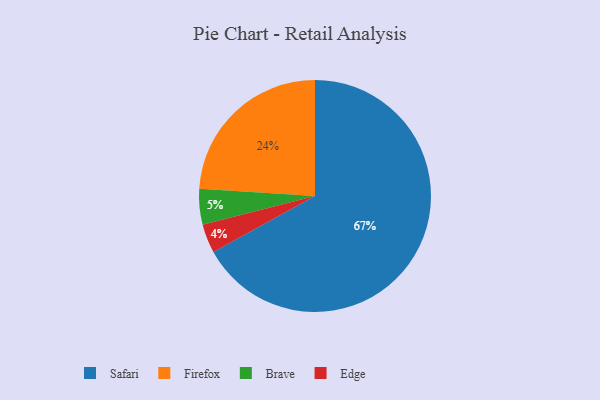
{"axis": {"x": "Category", "y": "Percentage"}, "legend": ["Brave", "Edge", "Firefox", "Safari"], "data": [{"x": "Brave", "y": 5, "type": "Brave"}, {"x": "Safari", "y": 67, "type": "Safari"}, {"x": "Firefox", "y": 24, "type": "Firefox"}, {"x": "Edge", "y": 4, "type": "Edge"}]}